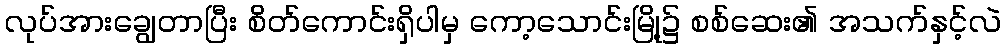
လုပ်အားချွေတာပြီး စိတ်ကောင်းရှိပါမှ ကော့သောင်းမြို့၌ စစ်ဆေး၏ အသက်နှင့်လဲ